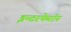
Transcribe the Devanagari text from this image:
इन्टरफेरॉन